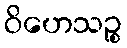
ဝိဟေသဉ္စ